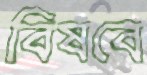
বিষবে